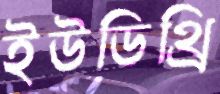
ইউডিথ্রি